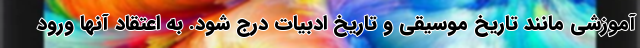
آموزشی مانند تاریخ موسیقی و تاریخ ادبیات درج شود. به اعتقاد آنها ورود